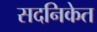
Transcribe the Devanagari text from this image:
सदनिकेत